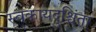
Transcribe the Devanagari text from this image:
स्वकायदुश्चिंता